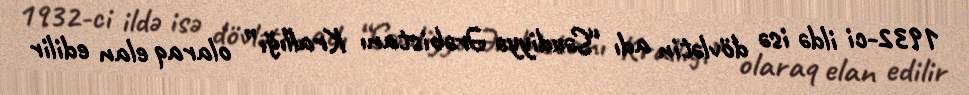
1932-ci ildə isə dövlətin adı “Səudiyyə Ərəbistanı Krallığı” olaraq elan edilir